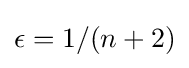
\epsilon =1/(n+2)